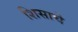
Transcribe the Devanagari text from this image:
शिसाचे